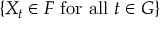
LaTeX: \{ X _ { t } \in F { \mathrm { ~ f o r ~ a l l ~ } } t \in G \}